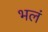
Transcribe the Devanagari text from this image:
भलं